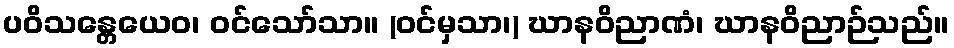
ပဝိသန္တေယေဝ၊ ဝင်သော်သာ။ (ဝင်မှသာ၊) ဃာနဝိညာဏံ၊ ဃာနဝိညာဉ်သည်။